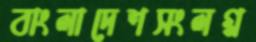
বাংলাদেশসংলগ্ন